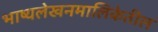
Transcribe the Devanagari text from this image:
भाष्यलेखनमालिकेतील